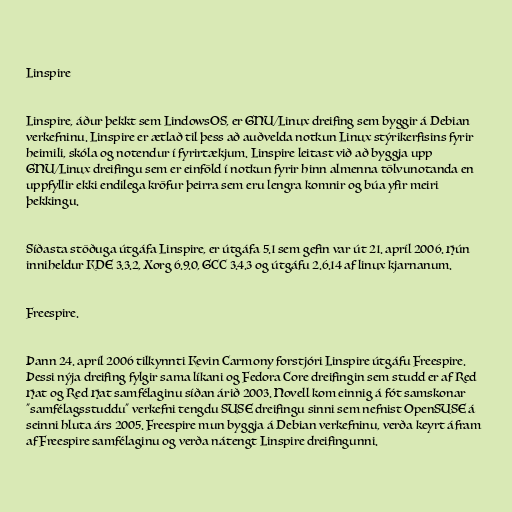
Linspire

Linspire, áður þekkt sem LindowsOS, er GNU/Linux dreifing sem byggir á Debian
verkefninu. Linspire er ætlað til þess að auðvelda notkun Linux stýrikerfisins fyrir
heimili, skóla og notendur í fyrirtækjum. Linspire leitast við að byggja upp
GNU/Linux dreifingu sem er einföld í notkun fyrir hinn almenna tölvunotanda en
uppfyllir ekki endilega kröfur þeirra sem eru lengra komnir og búa yfir meiri
þekkingu.

Síðasta stöðuga útgáfa Linspire, er útgáfa 5.1 sem gefin var út 21. apríl 2006. Hún
inniheldur KDE 3.3.2, Xorg 6.9.0, GCC 3.4.3 og útgáfu 2.6.14 af linux kjarnanum.

Freespire.

Þann 24. apríl 2006 tilkynnti Kevin Carmony forstjóri Linspire útgáfu Freespire.
Þessi nýja dreifing fylgir sama líkani og Fedora Core dreifingin sem studd er af Red
Hat og Red Hat samfélaginu síðan árið 2003. Novell kom einnig á fót samskonar
"samfélagsstuddu" verkefni tengdu SUSE dreifingu sinni sem nefnist OpenSUSE á
seinni hluta árs 2005. Freespire mun byggja á Debian verkefninu, verða keyrt áfram
af Freespire samfélaginu og verða nátengt Linspire dreifingunni.